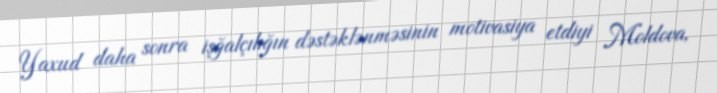
Yaxud daha sonra işğalçılığın dəstəklənməsinin motivasiya etdiyi Moldova,